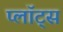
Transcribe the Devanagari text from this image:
प्लॉट्स